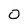
Character: O